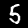
Digit: 5